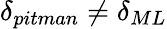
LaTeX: \delta_{pitman}\neq\delta_{ML}